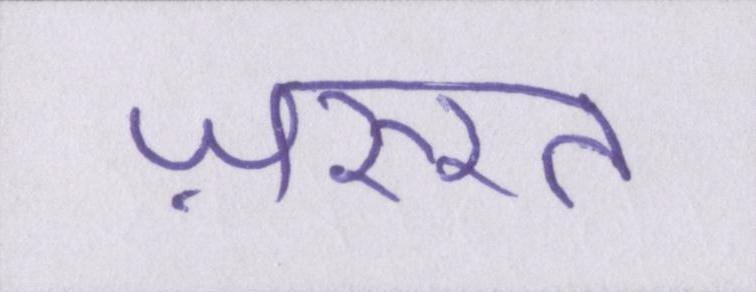
ज़रुरत